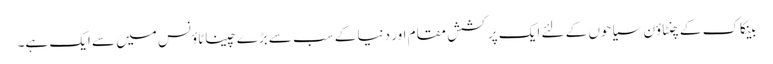
بینکاک کے چنٹاؤن سیاحوں کے لئے ایک پرکشش مقام اور دنیا کے سب سے بڑے چیناٹاؤنس میں سے ایک ہے۔